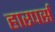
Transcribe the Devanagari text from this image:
हारपर्स